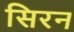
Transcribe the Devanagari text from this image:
सिरन